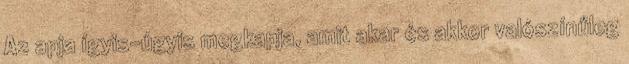
Az apja ígyis-úgyis megkapja, amit akar és akkor valószínűleg